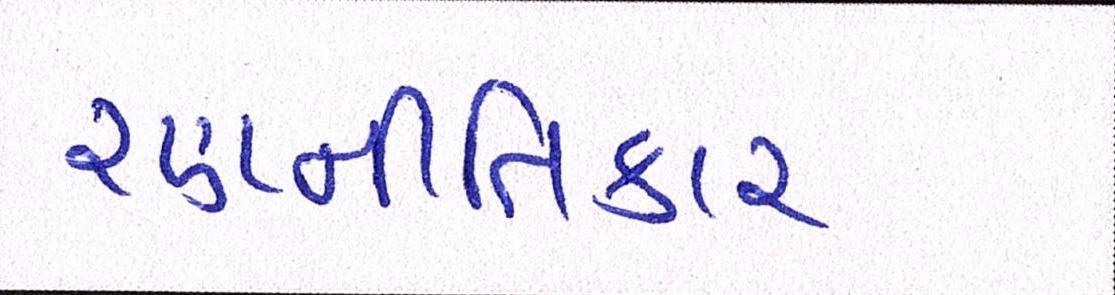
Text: રણનીતિકાર